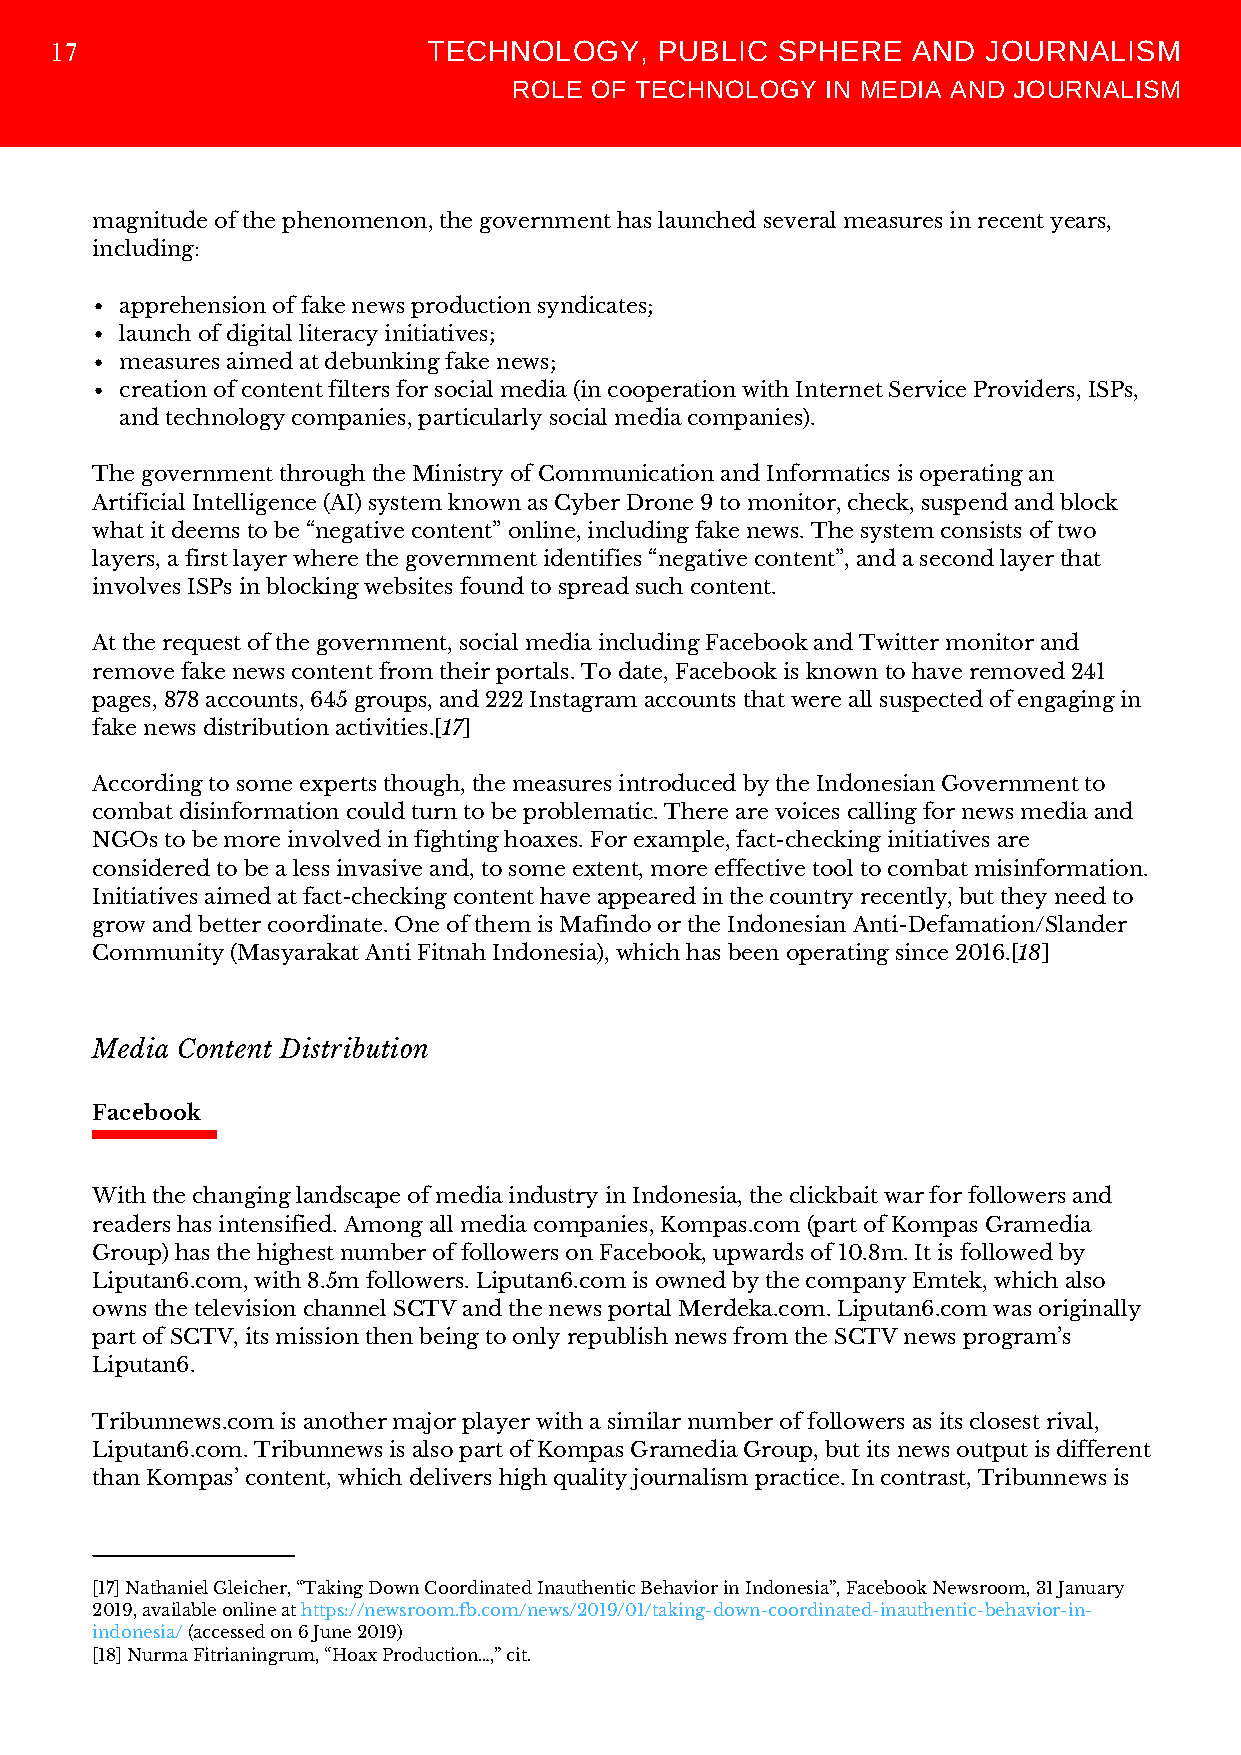
TECHNOLOGY,     PUBLIC SPHERE   AND  JOURNALISM
 17
 ROLE OF TECHNOLOGY   IN MEDIA AND JOURNALISM
 magnitude of the phenomenon, the government has launched several measures in recent years,
 including:
 apprehension of fake news production syndicates;
 launch of digital literacy initiatives;
 measures aimed at debunking fake news;
 creation of content filters for social media (in cooperation with Internet Service Providers, ISPs,
 and technology companies, particularly social media companies).
 The government through the Ministry of Communication and Informatics is operating an
 Artificial Intelligence (AI) system known as Cyber Drone 9 to monitor, check, suspend and block
 what it deems to be “negative content” online, including fake news. The system consists of two
 layers, a first layer where the government identifies “negative content”, and a second layer that
 involves ISPs in blocking websites found to spread such content.
 At the request of the government, social media including Facebook and Twitter monitor and
 remove fake news content from their portals. To date, Facebook is known to have removed 241
 pages, 878 accounts, 645 groups, and 222 Instagram accounts that were all suspected of engaging in
 fake news distribution activities.[17]
 According to some experts though, the measures introduced by the Indonesian Government to
 combat disinformation could turn to be problematic. There are voices calling for news media and
 NGOs to be more involved in fighting hoaxes. For example, fact-checking initiatives are
 considered to be a less invasive and, to some extent, more effective tool to combat misinformation.
 Initiatives aimed at fact-checking content have appeared in the country recently, but they need to
 grow and better coordinate. One of them is Mafindo or the Indonesian Anti-Defamation/Slander
 Community (Masyarakat Anti Fitnah Indonesia), which has been operating since 2016.[18]
 Media Content Distribution
 Facebook
 With the changing landscape of media industry in Indonesia, the clickbait war for followers and
 readers has intensified. Among all media companies, Kompas.com (part of Kompas Gramedia
 Group) has the highest number of followers on Facebook, upwards of 10.8m. It is followed by
 Liputan6.com, with 8.5m followers. Liputan6.com is owned by the company Emtek, which also
 owns the television channel SCTV and the news portal Merdeka.com. Liputan6.com was originally
 part of SCTV, its mission then being to only republish news from the SCTV news program’s
 Liputan6.
 Tribunnews.com is another major player with a similar number of followers as its closest rival,
 Liputan6.com. Tribunnews is also part of Kompas Gramedia Group, but its news output is different
 than Kompas’ content, which delivers high quality journalism practice. In contrast, Tribunnews is
 [17] Nathaniel Gleicher, “Taking Down Coordinated Inauthentic Behavior in Indonesia”, Facebook Newsroom, 31 January
 2019, available online at https://newsroom.fb.com/news/2019/01/taking-down-coordinated-inauthentic-behavior-in-
 indonesia/ (accessed on 6 June 2019)
 [18] Nurma Fitrianingrum, “Hoax Production…,” cit.